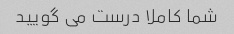
شما کاملا درست می گویید